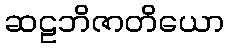
ဆဠဘိဇာတိယော